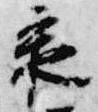
承